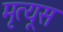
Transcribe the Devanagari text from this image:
मृत्यूस